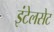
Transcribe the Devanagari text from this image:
इंटेलसेट